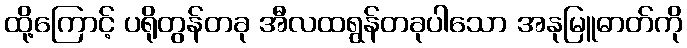
ထို့ကြောင့် ပရိုတွန်တခု အီလထရွန်တခုပါသော အနုမြူဓာတ်ကို